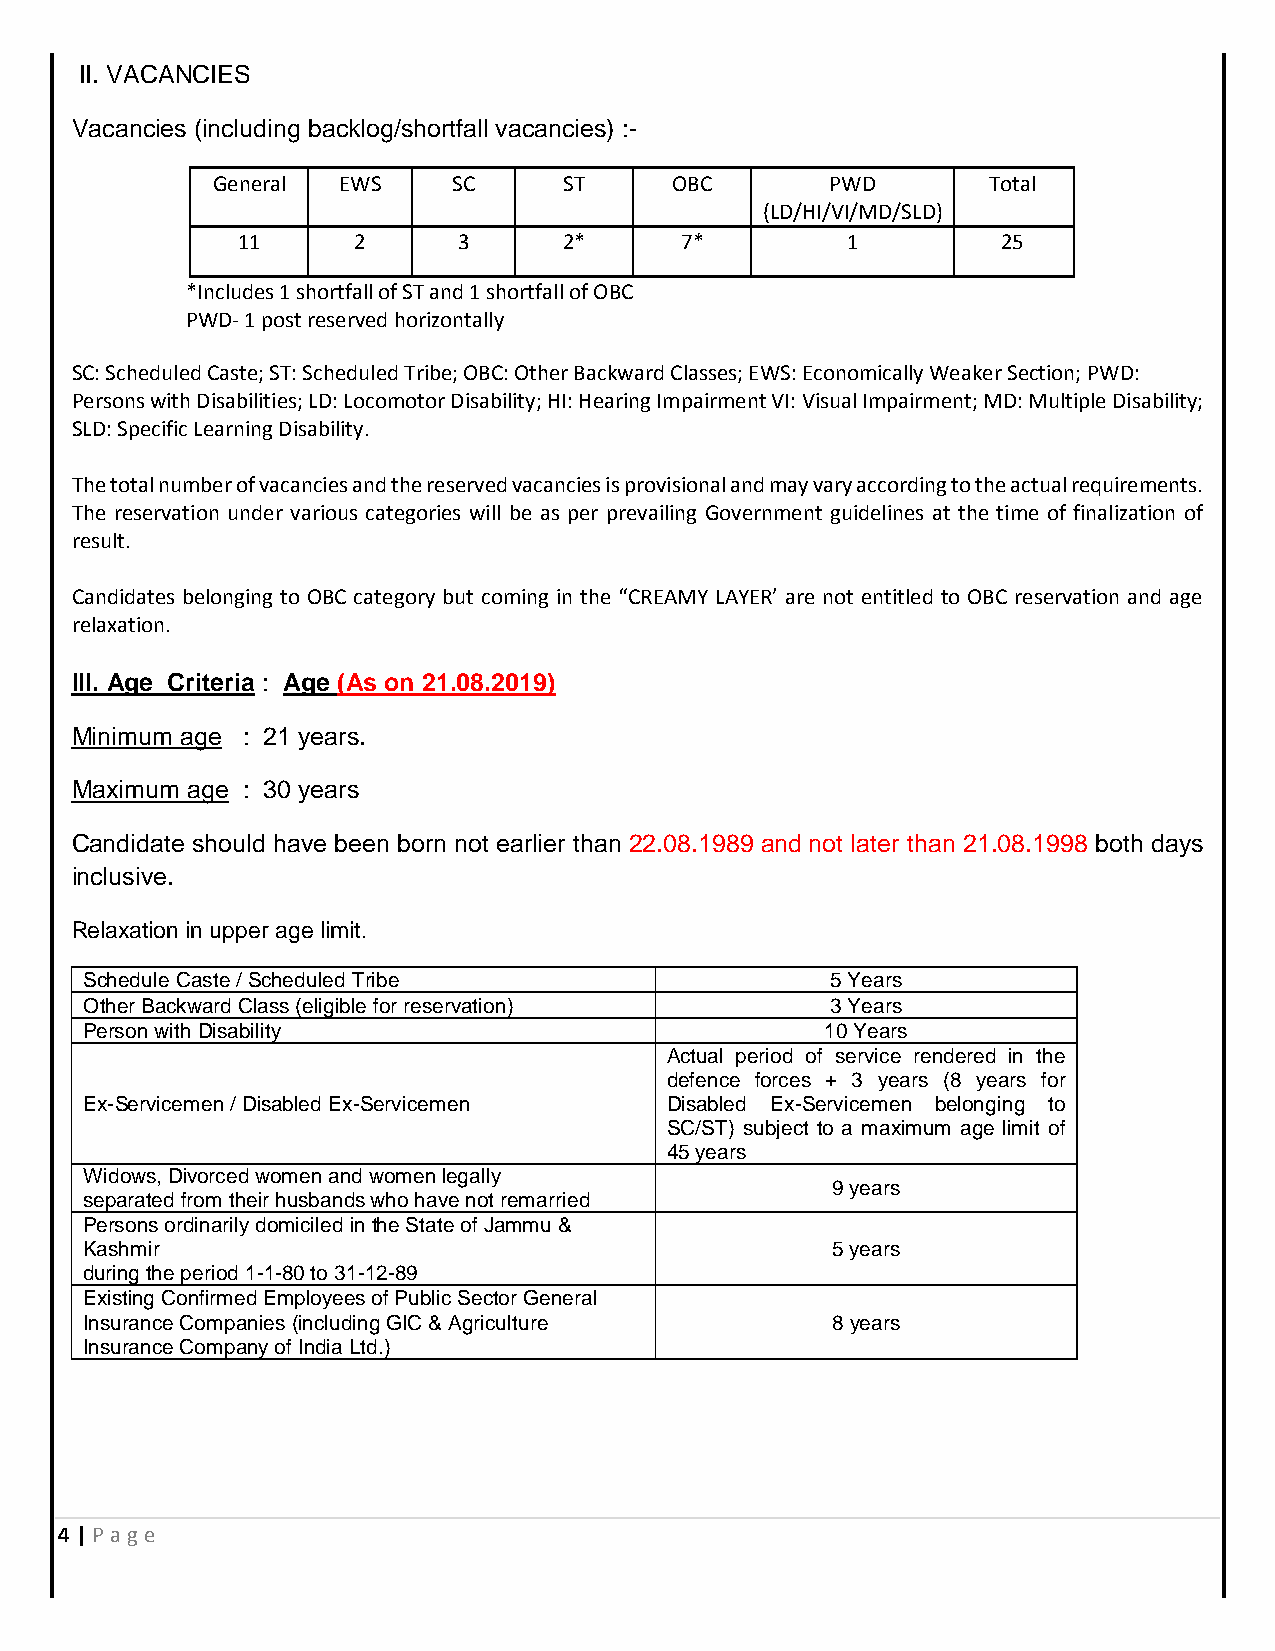
II. VACANCIES
 Vacancies (including backlog/shortfall vacancies) :-
 General EWS     SC     ST      OBC       PWD       Total
 (LD/HI/VI/MD/SLD)
 11     2      3      2*      7*         1         25
 *Includes 1 shortfall of ST and 1 shortfall of OBC
 PWD- 1 post reserved horizontally
 SC: Scheduled Caste; ST: Scheduled Tribe; OBC: Other Backward Classes; EWS: Economically Weaker Section; PWD:
 Persons with Disabilities; LD: Locomotor Disability; HI: Hearing Impairment VI: Visual Impairment; MD: Multiple Disability;
 SLD: Specific Learning Disability.
 The total number of vacancies and the reserved vacancies is provisional and may vary according to the actual requirements.
 The reservation under various categories will be as per prevailing Government guidelines at the time of finalization of
 result.
 Candidates belonging to OBC category but coming in the “CREAMY LAYER’ are not entitled to OBC reservation and age
 relaxation.
 III. Age Criteria : Age (As on 21.08.2019)
 Minimum age : 21 years.
 Maximum age : 30 years
 Candidate should have been born not earlier than 22.08.1989 and not later than 21.08.1998 both days
 inclusive.
 Relaxation in upper age limit.
 Schedule Caste / Scheduled Tribe                 5 Years
 Other Backward Class (eligible for reservation)  3 Years
 Person with Disability                           10 Years
 Actual period of service rendered in the
 defence forces + 3 years (8 years for
 Ex-Servicemen / Disabled Ex-Servicemen Disabled Ex-Servicemen belonging to
 SC/ST) subject to a maximum age limit of
 45 years
 Widows, Divorced women and women legally
 9 years
 separated from their husbands who have not remarried
 Persons ordinarily domiciled in the State of Jammu &
 Kashmir                                          5 years
 during the period 1-1-80 to 31-12-89
 Existing Confirmed Employees of Public Sector General
 Insurance Companies (including GIC & Agriculture 8 years
 Insurance Company of India Ltd.)
 4 | P age